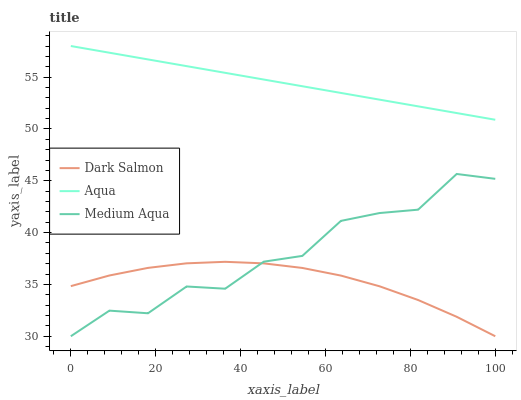
| xaxis_label | Dark Salmon | Aqua | Medium Aqua |
 | --- | --- | --- | --- |
 | 0 | 34.8 | 58 | 30 |
 | 9.09 | 35.9 | 57.4 | 32.5 |
 | 18.2 | 36.6 | 56.7 | 32.2 |
 | 27.3 | 37 | 56.1 | 34.8 |
 | 36.4 | 37.2 | 55.4 | 34.6 |
 | 45.5 | 37 | 54.8 | 37.2 |
 | 54.5 | 36.6 | 54.1 | 37.8 |
 | 63.6 | 35.9 | 53.5 | 41.1 |
 | 72.7 | 34.8 | 52.8 | 41.9 |
 | 81.8 | 33.5 | 52.2 | 42.2 |
 | 90.9 | 31.9 | 51.5 | 45.7 |
 | 100 | 30 | 50.9 | 45.2 |